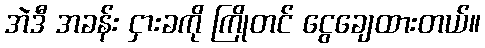
အဲဒီ အခန်း ငှားခကို ကြိုတင် ငွေချေထားတယ်။